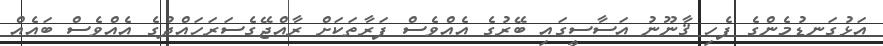
އަޅުގަނޑުމެންގެ ފެހި ޤާނޫނު އަސާސީގައި ބޭރުގެ އެއްވެސް ފަރާތަކަށް ރާއްޖޭގެސަރަހައްދުގެ އެއްވެސް ބައެެއް